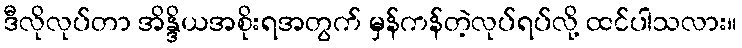
ဒီလိုလုပ်တာ အိန္ဒိယအစိုးရအတွက် မှန်ကန်တဲ့လုပ်ရပ်လို့ ထင်ပါသလား။